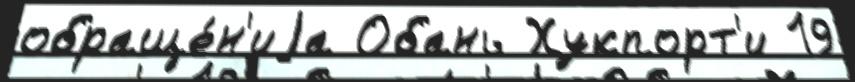
обраще́н'иjа Обань Хукпорт'и 19